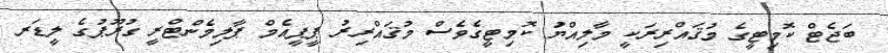
ބަޖެޓް ކޮމިޓީގެ މުޤައްރިރަކީ މާލިއްޔަު ކޮމިޓީގެވެސް މުޤައްރިރު ޕީޕީއެމް ޕާލިމެންޓްރީ ގުރޫޕުގެ ލީޑަރ